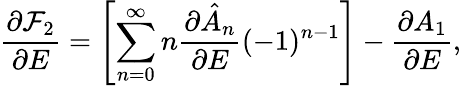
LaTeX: \frac{\partial\mathcal{F}_{2}}{\partial E}=\left[\sum_{n=0}^{\infty}n\frac{\partial\hat{A}_{n}}{\partial E}(-1)^{n-1}\right]-\frac{\partial A_{1}}{\partial E},